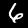
Label: 6